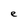
Character: e